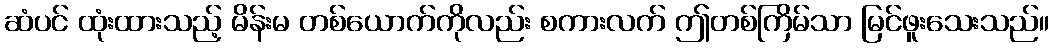
ဆံပင် ထုံးထားသည့် မိန်းမ တစ်ယောက်ကိုလည်း စကားလက် ဤတစ်ကြိမ်သာ မြင်ဖူးသေးသည်။